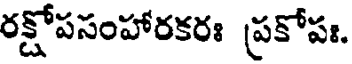
రక్షోపసంహారకరః ప్రకోపః.